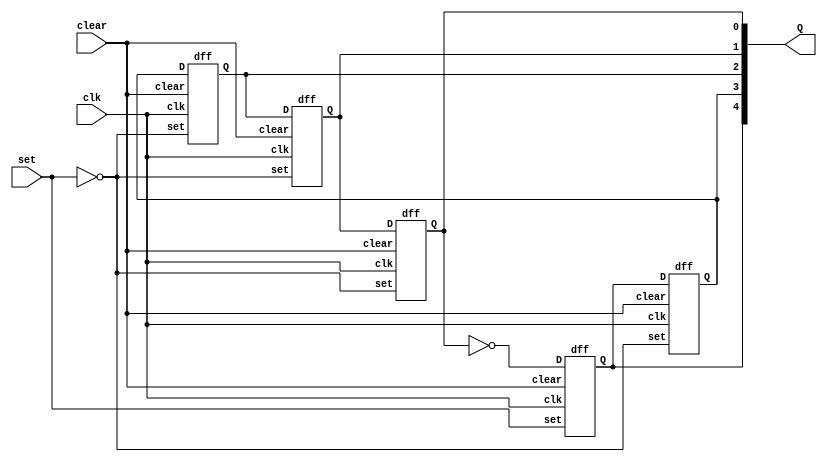
module johnc(clk,clear,set,Q);
	input set,clk,clear;
	output [4:0] Q;
	dff s0(~Q[0],clk,clear,set,Q[4]);
	dff s1(Q[4],clk,clear,~set,Q[3]);
	dff s2(Q[3],clk,clear,~set,Q[2]);
	dff s3(Q[2],clk,clear,~set,Q[1]);
	dff s4(Q[1],clk,clear,~set,Q[0]);
endmodule

module dff(D,clk,clear,set,Q);
	input D,clk,set,clear;
	output reg Q;
	always @(posedge clk)
	begin
	if(!clear && set)
		Q <= 1;
	else if(!clear)
		Q <= 0;
	else
		Q <= D;
	end
endmodule